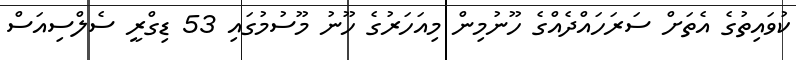
ކުވައިތުގެ އެތަށް ސަރަހައްދެއްގެ ހޫނުމިން މިއަހަރުގެ ހޫނު މޫސުމުގައި 53 ޑިގްރީ ސެލްސިއަސް